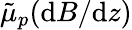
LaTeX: \tilde{\mu}_{p}(\mathrm{d}B/\mathrm{d}z)